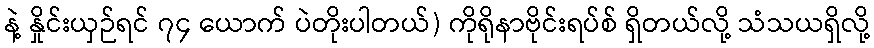
နဲ့ နှိုင်းယှဉ်ရင် ၇၄ ယောက် ပဲတိုးပါတယ်) ကိုရိုနာဗိုင်းရပ်စ် ရှိတယ်လို့ သံသယရှိလို့